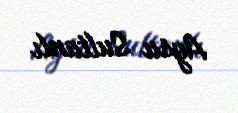
Aysu Sultanlı